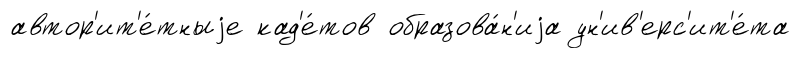
автор'ит'е́тныjе кад'е́тов образова́н'иjа ун'ив'ерс'ит'е́та